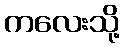
ကလေးသို့